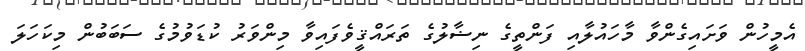
އެމީހުން ވަށައިގެންވާ މާހައުލާއި ފަންތީގެ ނިޟާލުގެ ތަރައްޤީވެފައިވާ މިންވަރު ކުޑަވުމުގެ ސަބަބުން މިކަހަލަ